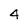
Character: 4